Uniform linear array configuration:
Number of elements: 24
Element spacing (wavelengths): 0.25
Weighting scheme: hamming
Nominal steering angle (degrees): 0
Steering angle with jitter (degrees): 1.443
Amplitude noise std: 0.05
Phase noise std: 0.05

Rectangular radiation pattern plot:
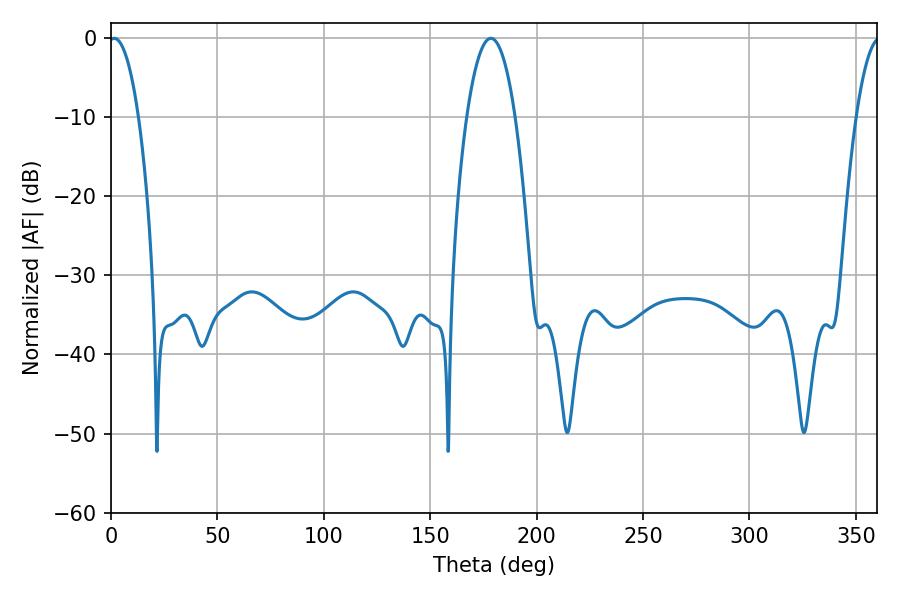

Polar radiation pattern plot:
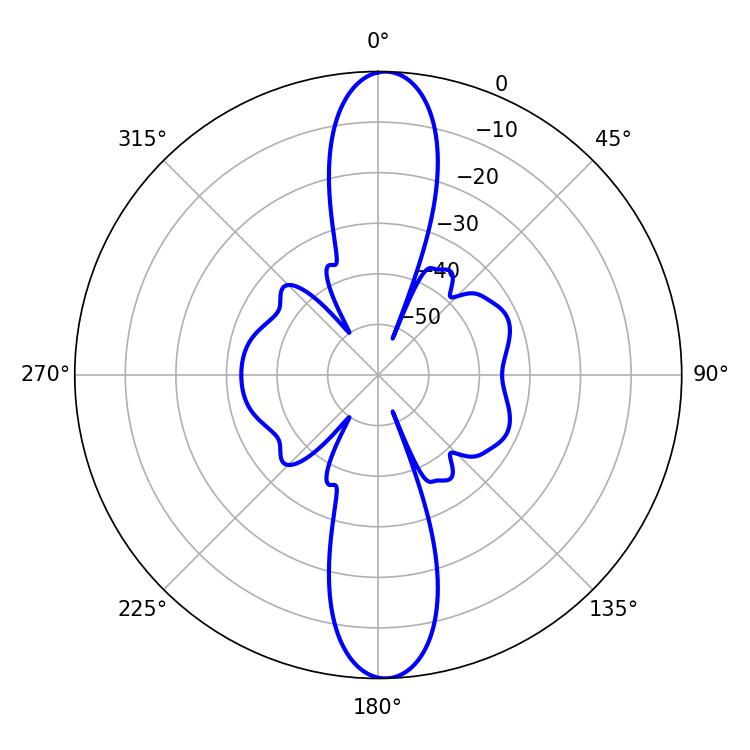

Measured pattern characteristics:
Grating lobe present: FALSE
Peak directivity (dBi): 22.094
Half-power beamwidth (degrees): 7.74
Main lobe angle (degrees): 1.44